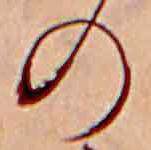
の